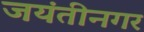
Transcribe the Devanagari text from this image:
जयंतीनगर